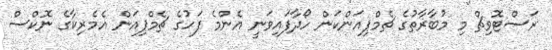
ރަސްޓޮވިޗް މި މުބާރާތުގެ ޗެމްޕިއަންކަން ހޯދާފައިވަނީ އެންމެ ފަހުގެ ޗެމްޕިއަން އެމެރިކާގެ ނޮކްސް